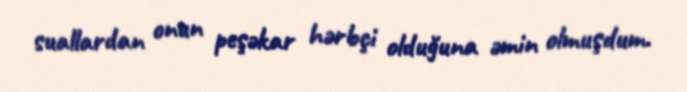
suallardan onun peşəkar hərbçi olduğuna əmin olmuşdum.